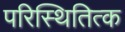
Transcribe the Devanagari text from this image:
परिस्थितित्क